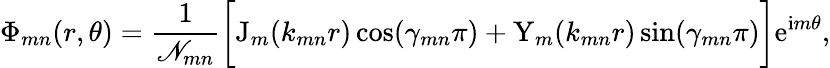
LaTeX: \Phi_{mn}(r,\theta)=\frac{1}{\mathscr{N}_{mn}}\bigg[\mathrm{J}_{m}(k_{mn}r)\cos(\gamma_{mn}\pi)+\mathrm{Y}_{m}(k_{mn}r)\sin(\gamma_{mn}\pi)\bigg]\mathrm{e}^{\mathrm{i}m\theta},